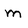
Character: m